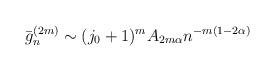
LaTeX: \begin{align*}\bar{g}_n^{(2m)} \sim (j_0+1)^mA_{2m\alpha} n^{-m(1-2\alpha)}\end{align*}